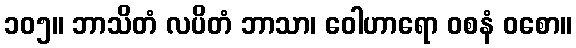
၁၀၅။ ဘာသိတံ လပိတံ ဘာသာ၊ ဝေါဟာရော ဝစနံ ဝစော။